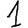
Digit: 1